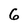
Character: 6